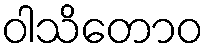
ဝါသိတောဝ